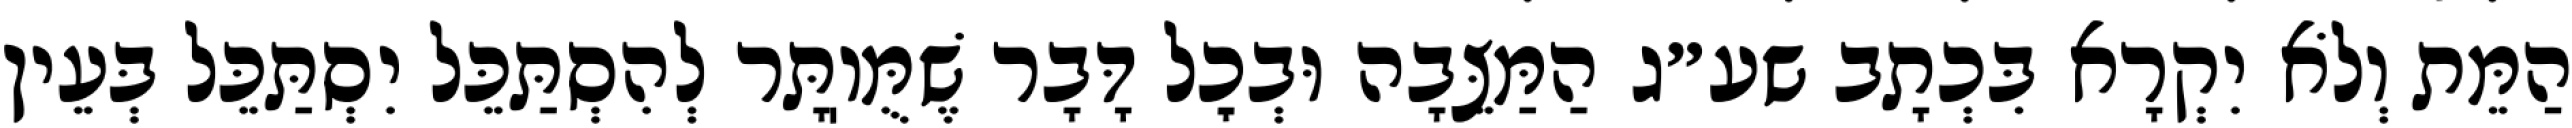
הַמֵּת וְלֹא יִקְרָא בִּכְתָב שע״ג הַמַּצֵּבָה וּבְכׇל דָּבָר שֶׁמֻּוֽתָּר לְהִסְתַּכֵּל יִסְתַּכֵּל בְּעֵין